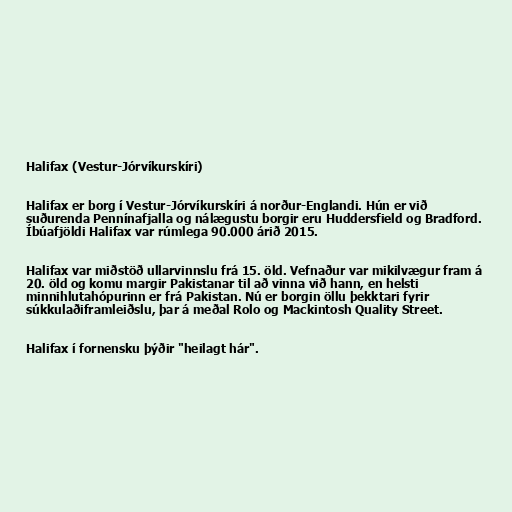
Halifax (Vestur-Jórvíkurskíri)

Halifax er borg í Vestur-Jórvíkurskíri á norður-Englandi. Hún er við
suðurenda Pennínafjalla og nálægustu borgir eru Huddersfield og Bradford.
Íbúafjöldi Halifax var rúmlega 90.000 árið 2015.

Halifax var miðstöð ullarvinnslu frá 15. öld. Vefnaður var mikilvægur fram á
20. öld og komu margir Pakistanar til að vinna við hann, en helsti
minnihlutahópurinn er frá Pakistan. Nú er borgin öllu þekktari fyrir
súkkulaðiframleiðslu, þar á meðal Rolo og Mackintosh Quality Street.

Halifax í fornensku þýðir "heilagt hár".